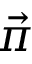
\vec { \pi }